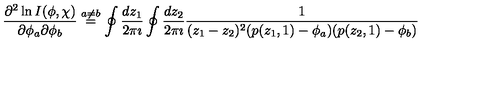
\frac { \partial ^ { 2 } \ln I ( \phi , \chi ) } { \partial \phi _ { a } \partial \phi _ { b } } \stackrel { a \neq b } { = } \oint \frac { d z _ { 1 } } { 2 \pi \imath } \oint \frac { d z _ { 2 } } { 2 \pi \imath } \frac { 1 } { ( z _ { 1 } - z _ { 2 } ) ^ { 2 } ( p ( z _ { 1 } , 1 ) - \phi _ { a } ) ( p ( z _ { 2 } , 1 ) - \phi _ { b } ) }